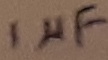
Text: 1µF